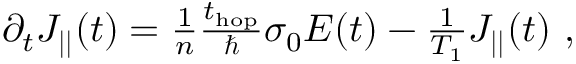
\begin{array} { r } { \partial _ { t } J _ { | | } ( t ) = \frac { 1 } { n } \frac { t _ { \mathrm { h o p } } } { \hbar } \sigma _ { 0 } E ( t ) - \frac { 1 } { T _ { 1 } } J _ { | | } ( t ) ~ , } \end{array}